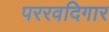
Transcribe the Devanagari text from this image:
पररवदिगार